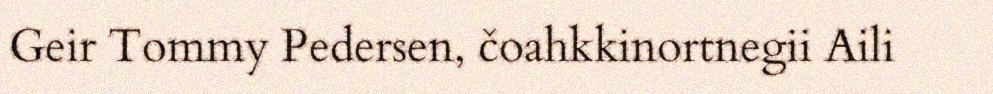
Geir Tommy Pedersen, čoahkkinortnegii Aili